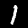
Digit: 1